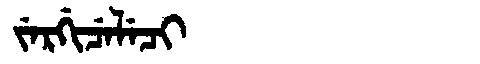
Manchu: ᠵᡝᡵᡤᡳᠴᡝᠯᡝᠴᡳ
Romanization: JERGICELECI